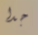
جدا